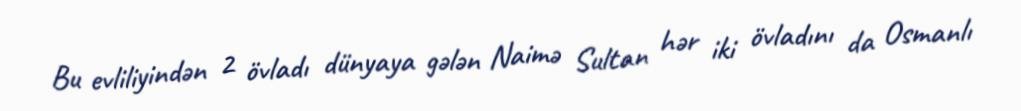
Bu evliliyindən 2 övladı dünyaya gələn Naimə Sultan hər iki övladını da Osmanlı